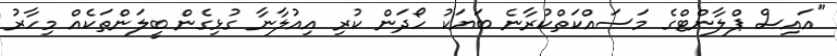
"އައިސް ޕްލާންޓްގެ މަސައްކަތްކުރާނެ ބަޔަކު ހޯދަން ކުރި އިއުލާނާ ގުޅިގެން ބީލަންތަކެއް މިހާރު